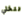
تتخلي